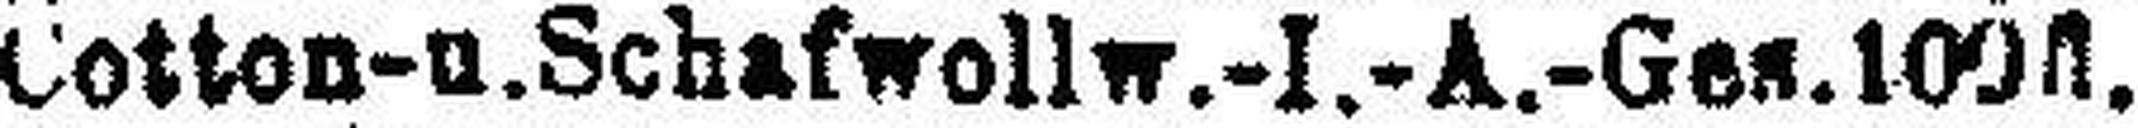
Cotton- u. Schafwollw.-I.-A.-Ges. 100fl.